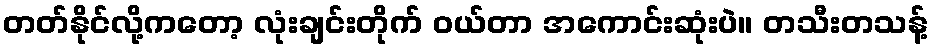
တတ်နိုင်လို့ကတော့ လုံးချင်းတိုက် ဝယ်တာ အကောင်းဆုံးပဲ။ တသီးတသန့်